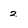
Character: 2